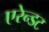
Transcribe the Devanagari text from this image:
एरेन्डट